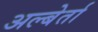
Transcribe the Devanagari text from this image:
अल्बेर्ता